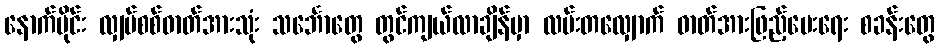
နောက်ပိုင်း လျှပ်စစ်ဓာတ်အားသုံး သင်္ဘောတွေ တွင်ကျယ်လာချိန်မှာ လမ်းတလျှောက် ဓာတ်အားဖြည့်ပေးရေး စခန်းတွေ